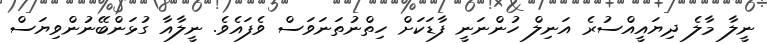
ނީލާ މާލެ ދިޔައީއްސުރެ އަނިލް ހުންނަނީ ފާޑަކަށް ހިތްނުތަނަވަސް ވެފައެވެ. ނީލާއާ ގުޅަންބޭނުންވިޔަސް